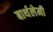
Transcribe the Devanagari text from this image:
बार्थलेमी